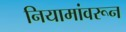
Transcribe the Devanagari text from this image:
नियामांवरून